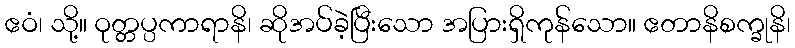
ဧဝံ၊ သို့။ ဝုတ္တပ္ပကာရာနိ၊ ဆိုအပ်ခဲ့ပြီးသော အပြားရှိကုန်သော။ ဧတာနိစက္ခုနိ၊